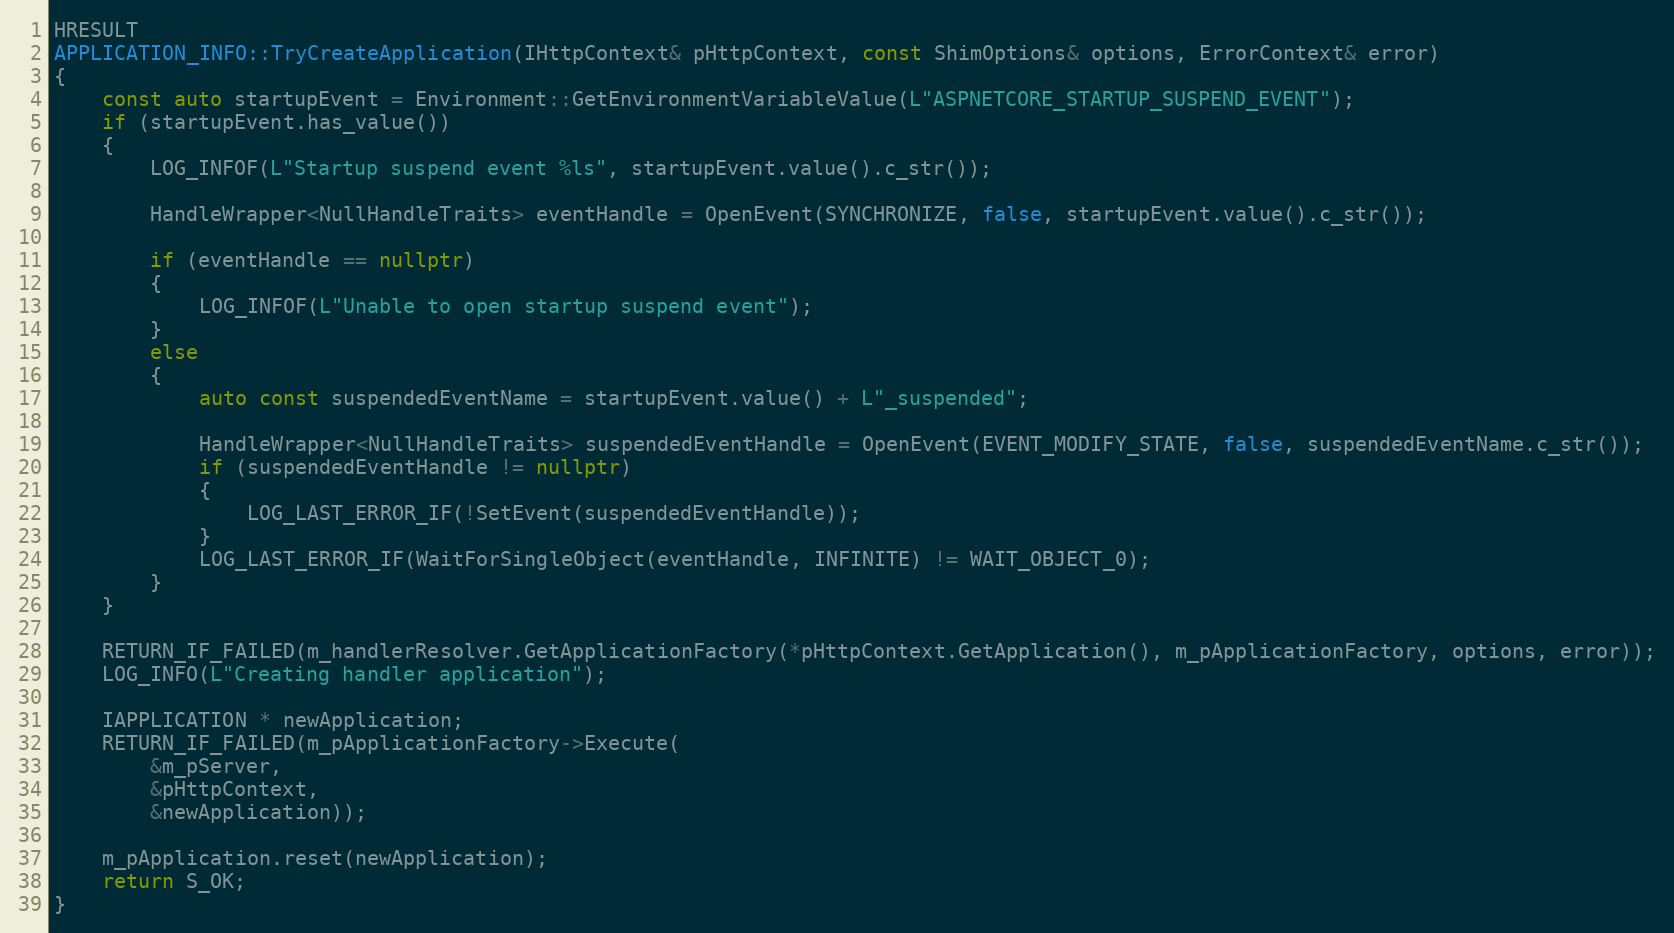
Language: C++
HRESULT
APPLICATION_INFO::TryCreateApplication(IHttpContext& pHttpContext, const ShimOptions& options, ErrorContext& error)
{
    const auto startupEvent = Environment::GetEnvironmentVariableValue(L"ASPNETCORE_STARTUP_SUSPEND_EVENT");
    if (startupEvent.has_value())
    {
        LOG_INFOF(L"Startup suspend event %ls", startupEvent.value().c_str());

        HandleWrapper<NullHandleTraits> eventHandle = OpenEvent(SYNCHRONIZE, false, startupEvent.value().c_str());

        if (eventHandle == nullptr)
        {
            LOG_INFOF(L"Unable to open startup suspend event");
        }
        else
        {
            auto const suspendedEventName = startupEvent.value() + L"_suspended";

            HandleWrapper<NullHandleTraits> suspendedEventHandle = OpenEvent(EVENT_MODIFY_STATE, false, suspendedEventName.c_str());
            if (suspendedEventHandle != nullptr)
            {
                LOG_LAST_ERROR_IF(!SetEvent(suspendedEventHandle));
            }
            LOG_LAST_ERROR_IF(WaitForSingleObject(eventHandle, INFINITE) != WAIT_OBJECT_0);
        }
    }

    RETURN_IF_FAILED(m_handlerResolver.GetApplicationFactory(*pHttpContext.GetApplication(), m_pApplicationFactory, options, error));
    LOG_INFO(L"Creating handler application");

    IAPPLICATION * newApplication;
    RETURN_IF_FAILED(m_pApplicationFactory->Execute(
        &m_pServer,
        &pHttpContext,
        &newApplication));

    m_pApplication.reset(newApplication);
    return S_OK;
}